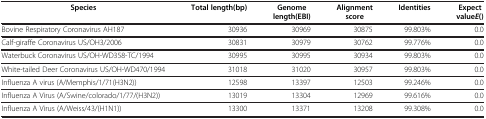
<table><thead><tr><td><b>Species</b></td><td><b>Total length(bp)</b></td><td><b>Genome length(EBI)</b></td><td><b>Alignment score</b></td><td><b>Identities</b></td><td><b>Expect value<i>E</i>()</b></td></tr></thead><tbody><tr><td>Bovine Respiratory Coronavirus AH187</td><td>30936</td><td>30969</td><td>30875</td><td>99.803%</td><td>0.0</td></tr><tr><td>Calf-giraffe Coronavirus US/OH3/2006</td><td>30831</td><td>30979</td><td>30762</td><td>99.776%</td><td>0.0</td></tr><tr><td>Waterbuck Coronavirus US/OH-WD358-TC/1994</td><td>30995</td><td>30995</td><td>30934</td><td>99.803%</td><td>0.0</td></tr><tr><td>White-tailed Deer Coronavirus US/OH-WD470/1994</td><td>31018</td><td>31020</td><td>30957</td><td>99.803%</td><td>0.0</td></tr><tr><td>Influenza A virus (A/Memphis/1/71(H3N2))</td><td>12598</td><td>13397</td><td>12503</td><td>99.246%</td><td>0.0</td></tr><tr><td>Influenza A Virus (A/Swine/colorado/1/77/(H3N2))</td><td>13019</td><td>13304</td><td>12969</td><td>99.616%</td><td>0.0</td></tr><tr><td>Influenza A Virus (A/Weiss/43/(H1N1))</td><td>13300</td><td>13371</td><td>13208</td><td>99.308%</td><td>0.0</td></tr></tbody></table>